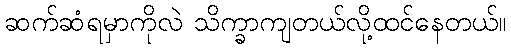
ဆက်ဆံရမှာကိုလဲ သိက္ခာကျတယ်လို့ထင်နေတယ်။